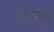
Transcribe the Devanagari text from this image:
ग्रन्थाें